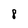
Character: 8